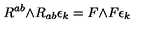
R ^ { a b } \mathrm { \tiny \wedge } R _ { a b } \epsilon _ { k } = F \mathrm { \tiny \wedge } F \epsilon _ { k }